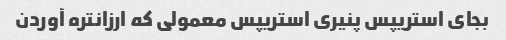
بجای استریپس پنیری استریپس معمولی که ارزانتره آوردن